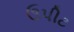
ઉપીટ